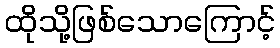
ထိုသို့ဖြစ်သောကြောင့်